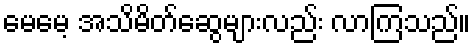
မေမေ့ အသိမိတ်ဆွေများလည်း လာကြသည်။